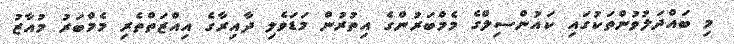
މި ބައްދަލުވުންތަކުގައި ކައުންސިލްގެ މެމްބަރުންގެ އިތުރުން މަޑަވެލި ދާއިރާގެ އިއްޒަތްތެރި މެމްބަރު މުއާޒު